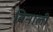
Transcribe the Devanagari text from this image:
बिनाली